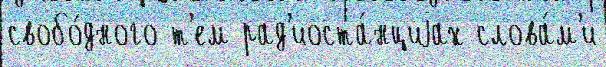
свобо́дного т'ем рад'иоста́нциjах слова́м'и